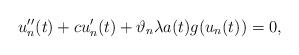
\begin{align*}u''_{n}(t) + c u'_{n}(t) + \vartheta_{n} \lambda a(t) g(u_{n}(t)) = 0,\end{align*}